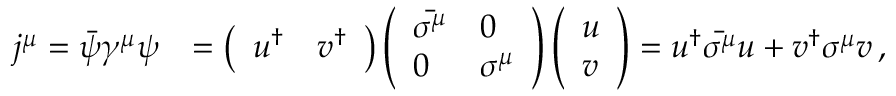
\begin{array} { r l } { j ^ { \mu } = \bar { \psi } \gamma ^ { \mu } \psi } & { = \left( \begin{array} { l l } { u ^ { \dagger } } & { v ^ { \dagger } } \end{array} \right) \left( \begin{array} { l l } { \bar { \sigma ^ { \mu } } } & { 0 } \\ { 0 } & { \sigma ^ { \mu } } \end{array} \right) \left( \begin{array} { l } { u } \\ { v } \end{array} \right) = u ^ { \dagger } \bar { \sigma ^ { \mu } } u + v ^ { \dagger } \sigma ^ { \mu } v \, , } \end{array}